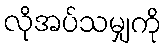
လိုအပ်သမျှကို